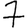
Digit: 7